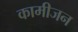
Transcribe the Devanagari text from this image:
कामीजन